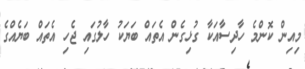
މިއިން ކޮންމެ ހާދިސާއަކާ ގުޅިގެން އެތައް ބަޔަކު ހާލުގައި ޖެހި އެތައް ބަޔެއްގެ